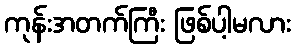
ကုန်းအတက်ကြီး ဖြစ်ပါ့မလား